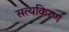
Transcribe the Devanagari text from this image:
सत्यकिरण